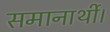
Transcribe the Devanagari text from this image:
समानार्थी।